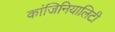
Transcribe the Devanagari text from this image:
कांजिनियालिटी